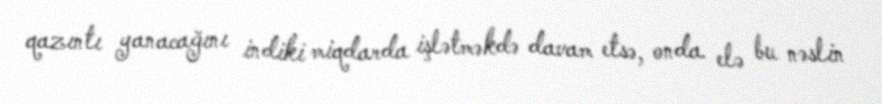
qazıntı yanacağını indiki miqdarda işlətməkdə davam etsə, onda elə bu nəslin